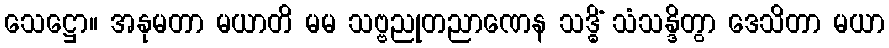
သေဋ္ဌော။ အနုမတာ မယာတိ မမ သဗ္ဗညုတညာဏေန သဒ္ဓိံ သံသန္ဒိတွာ ဒေသိတာ မယာ